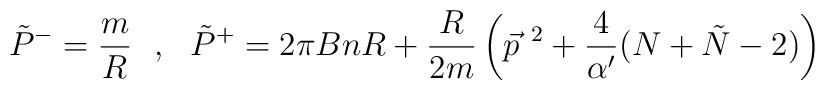
\tilde P^-= \frac{m}{R}~~,~~\tilde P^+ = 2\pi B nR +\frac{R}{2m}\left(\vec p^{~2}+\frac{4}{\alpha'}(N+\tilde N-2)\right)